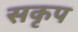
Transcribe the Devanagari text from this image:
सकृप